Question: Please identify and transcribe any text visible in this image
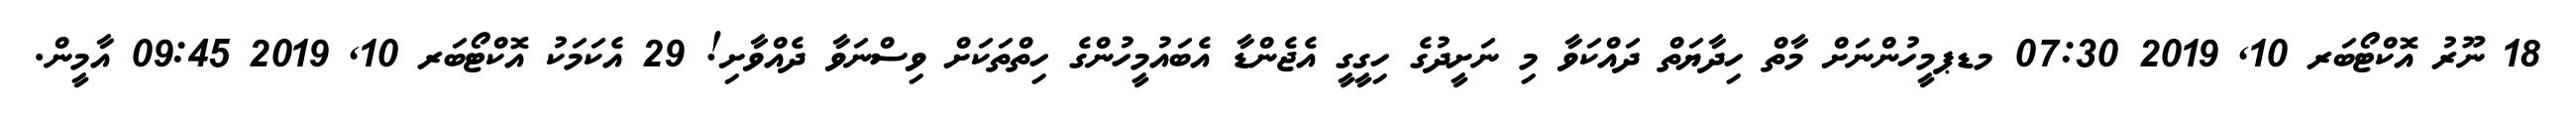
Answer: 18 ނޫރު އޮކްޓޯބަރ 10, 2019 07:30 މޑޕމީހުންނަށް މާތް ހިދާޔަތް ދައްކަވާ މި ނަށީދުގެ ހިގީގީ އެޖެންޑާ އެބައުމީހުންގެ ހިތްތަކަށް ވިސްނަވާ ދެއްވާށި! 29 އެކަމަކު އޮކްޓޯބަރ 10, 2019 09:45 އާމީން.